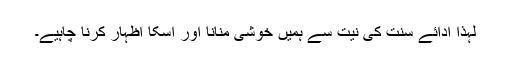
لہذا ادائے سنت کی نیت سے ہمیں خوشی منانا اور اسکا اظہار کرنا چاہیے۔